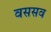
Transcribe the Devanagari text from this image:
वससव